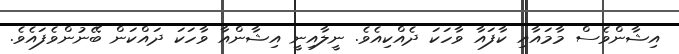
އިޝާންވެސް މާމައާއި ކާފައާ ވާހަކަ ދެއްކިއެވެ. ނީލާއިނީ އިޝާންއާ ވާހަކަ ދައްކަން ބޭނުންވެފައެވެ.